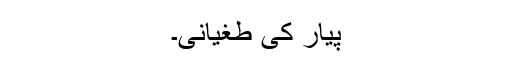
پیار کی طغیانی۔